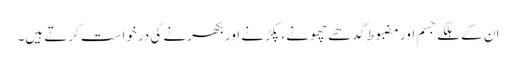
ان کے ہلکے جسم اور مضبوط گدھے چھونے ، پکڑنے اور بکھرنے کی درخواست کرتے ہیں۔